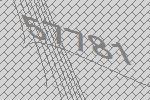
57781